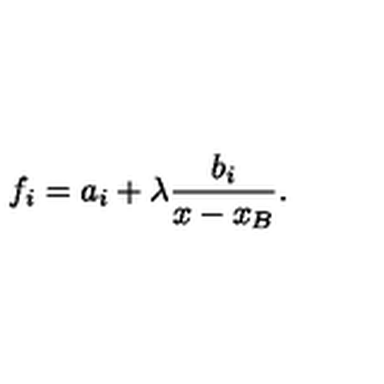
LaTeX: f _ { i } = a _ { i } + \lambda { \frac { b _ { i } } { x - x _ { B } } } .